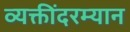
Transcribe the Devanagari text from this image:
व्यक्तींदरम्यान